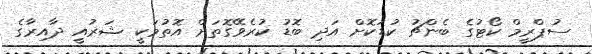
ސުޕްރީމް ކޯޓުގެ ބެންޗު ކުޑަކޮށް އަދި ބޮޑު ކުރެވޭގޮތަށް އޮތުމަކީ ޝަރުއީ ދާއިރާގެ